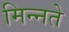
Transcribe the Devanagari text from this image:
मिन्नते